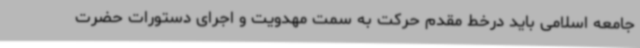
جامعه اسلامی باید درخط مقدم حرکت به سمت مهدویت و اجرای دستورات حضرت